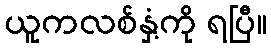
ယူကလစ်နှံ့ကို ရပြီ။